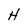
Character: H